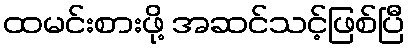
ထမင်းစားဖို့ အဆင်သင့်ဖြစ်ပြီ